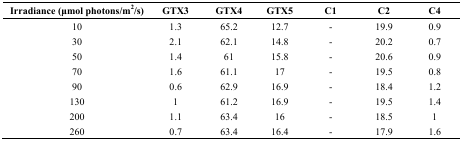
<table><thead><tr><td><b>Irradiance (μmol photons/m<sup>2</sup>/s)</b></td><td><b>GTX3</b></td><td><b>GTX4</b></td><td><b>GTX5</b></td><td><b>C1</b></td><td><b>C2</b></td><td><b>C4</b></td></tr></thead><tbody><tr><td>10</td><td>1.3</td><td>65.2</td><td>12.7</td><td>-</td><td>19.9</td><td>0.9</td></tr><tr><td>30</td><td>2.1</td><td>62.1</td><td>14.8</td><td>-</td><td>20.2</td><td>0.7</td></tr><tr><td>50</td><td>1.4</td><td>61</td><td>15.8</td><td>-</td><td>20.6</td><td>0.9</td></tr><tr><td>70</td><td>1.6</td><td>61.1</td><td>17</td><td>-</td><td>19.5</td><td>0.8</td></tr><tr><td>90</td><td>0.6</td><td>62.9</td><td>16.9</td><td>-</td><td>18.4</td><td>1.2</td></tr><tr><td>130</td><td>1</td><td>61.2</td><td>16.9</td><td>-</td><td>19.5</td><td>1.4</td></tr><tr><td>200</td><td>1.1</td><td>63.4</td><td>16</td><td>-</td><td>18.5</td><td>1</td></tr><tr><td>260</td><td>0.7</td><td>63.4</td><td>16.4</td><td>-</td><td>17.9</td><td>1.6</td></tr></tbody></table>